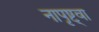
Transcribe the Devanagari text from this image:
नापृष्ट्वा